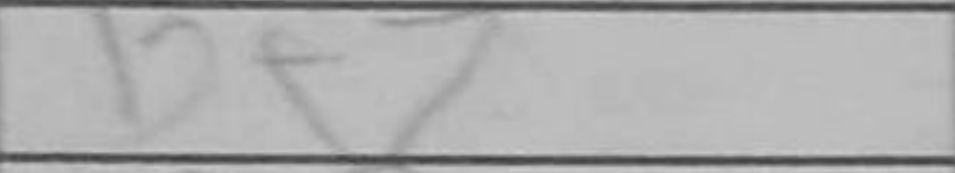
Transcription: Bf7